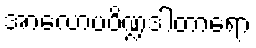
အာလောပပိဏ္ဍဒါတာရော